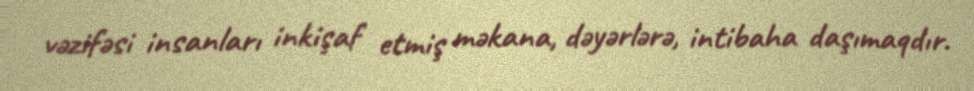
vəzifəsi insanları inkişaf etmiş məkana, dəyərlərə, intibaha daşımaqdır.